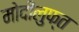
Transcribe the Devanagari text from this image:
मोदीलुफ्त